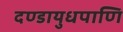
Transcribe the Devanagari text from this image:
दण्डायुधपाणि